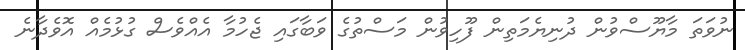
ނުވަތަ މާޔޫސްވުން ދުނިޔެމަތިން ފޫހިވުން މަސްތުގެ ވަބާގައި ޖެހުމާ އެއްވެސް ގުޅުމެއް އޮވެދާނެ